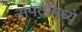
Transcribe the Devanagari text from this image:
संपतीमध्ये